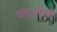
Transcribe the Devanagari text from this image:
पॉलओज्ज़ी